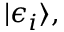
| \epsilon _ { i } \rangle ,